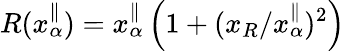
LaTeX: R(x_{\alpha}^{\parallel})=x_{\alpha}^{\parallel}\left(1+(x_{R}/x_{\alpha}^{\parallel})^{2}\right)